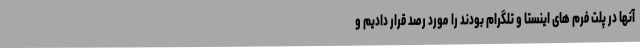
آنها در پلت فرم های اینستا و تلگرام بودند را مورد رصد قرار دادیم و